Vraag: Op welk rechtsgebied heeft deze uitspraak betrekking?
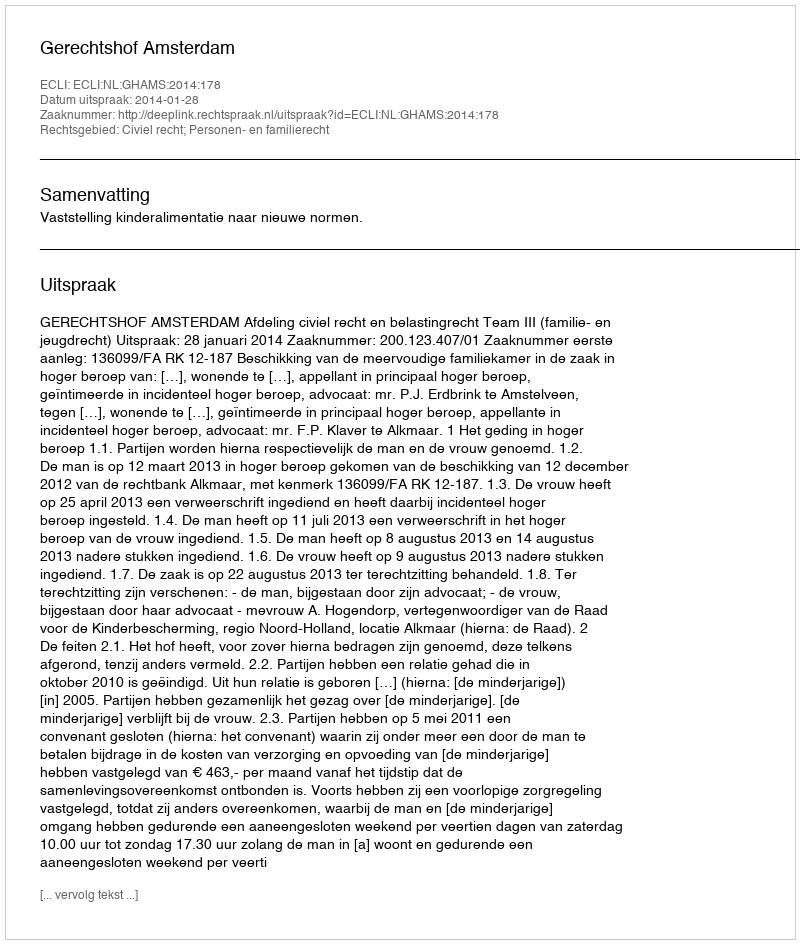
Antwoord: Civiel recht; Personen- en familierecht